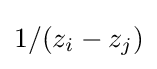
1/(z_{i}-z_{j})